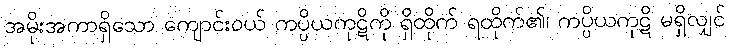
အမိုးအကာရှိသော ကျောင်းဝယ် ကပ္ပိယကုဋိကို ရှိထိုက် ရထိုက်၏၊ ကပ္ပိယကုဋိ မရှိလျှင်